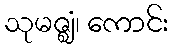
သုမဇ္ဈံ၊ ကောင်း